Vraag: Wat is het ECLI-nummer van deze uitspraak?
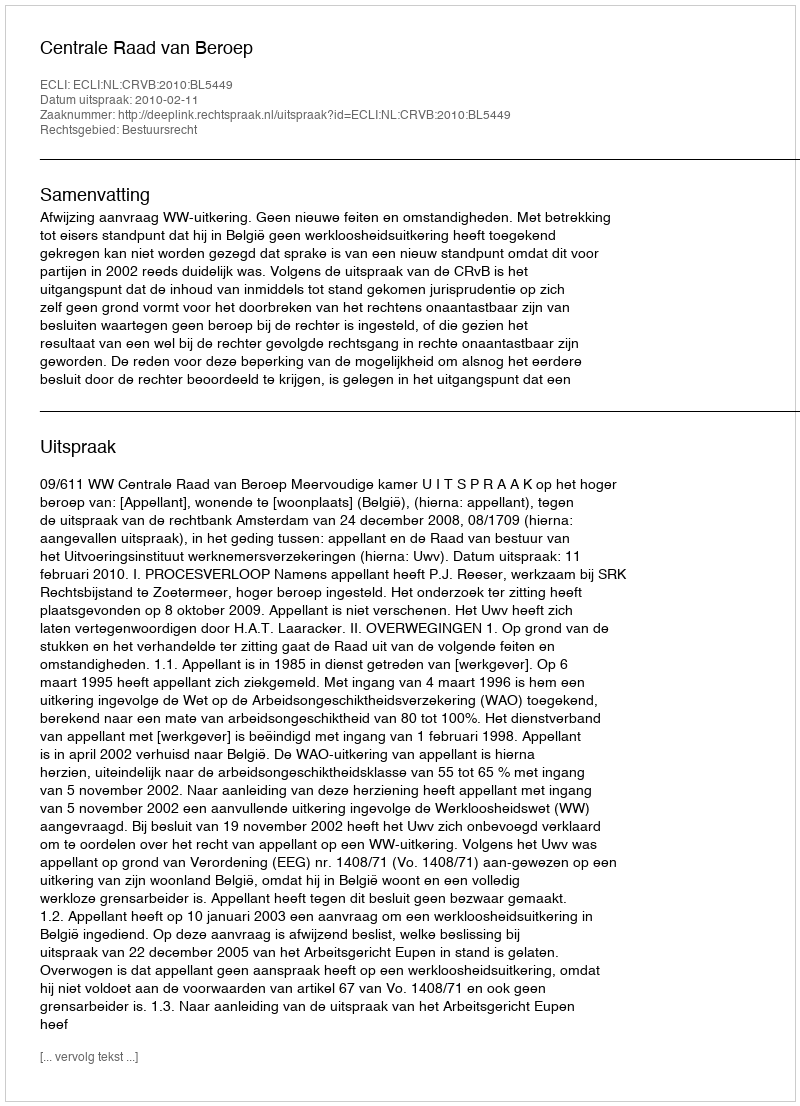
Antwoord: ECLI:NL:CRVB:2010:BL5449